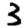
Digit: 3